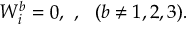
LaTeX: W _ { i } ^ { b } = 0 , \ , \ \ ( b \ne 1 , 2 , 3 ) .